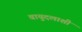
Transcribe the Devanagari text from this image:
वायुदलाशी